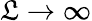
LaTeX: \mathfrak{L}\to\infty